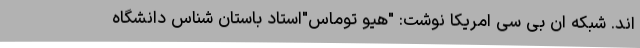
‌اند. شبکه ان بی سی امریکا نوشت: "هیو توماس"استاد باستان شناس دانشگاه